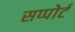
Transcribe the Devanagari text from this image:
सप्पोर्ट